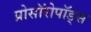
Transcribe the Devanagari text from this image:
प्रोसॉरोपॉड्स